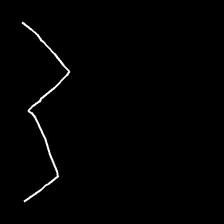
Glyph: crush